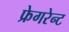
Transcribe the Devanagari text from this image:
फ्रेगरेन्ट